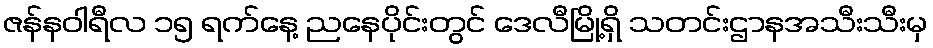
ဇန်နဝါရီလ ၁၅ ရက်နေ့ ညနေပိုင်းတွင် ဒေလီမြို့ရှိ သတင်းဌာနအသီးသီးမှ